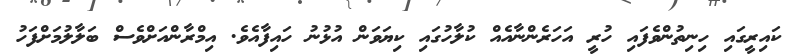
ކައިރީގައި ހިނިތުންވެފައި ހުރީ އަހަރެންނާއެއް ކުލާހުގައި ކިޔަވަން އުޅުނު ހައިފާއެވެ. އިމްރާންއަށްވެސް ބަލާލުމަށްފަހު